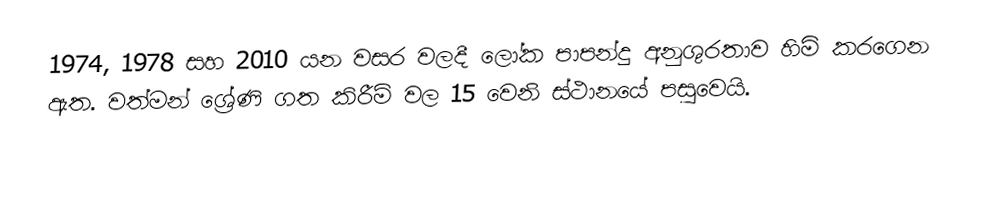
1974, 1978 සහ 2010 යන වසර වලදී ලෝක පාපන්දු අනුශුරතාව හිමි කරගෙන ඇත. වත්මන් ශ්‍රේණි ගත කිරීම් වල 15 වෙනි ස්ථානයේ පසුවෙයි.